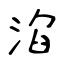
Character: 淊